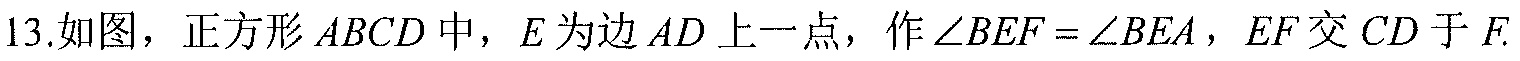
13.如图，正方形\(ABCD\)中，\(E\)为边\(AD\)上一点，作\(\angle BEF=\angle BEA\)，\(EF\)交\(CD\)于\(F\).